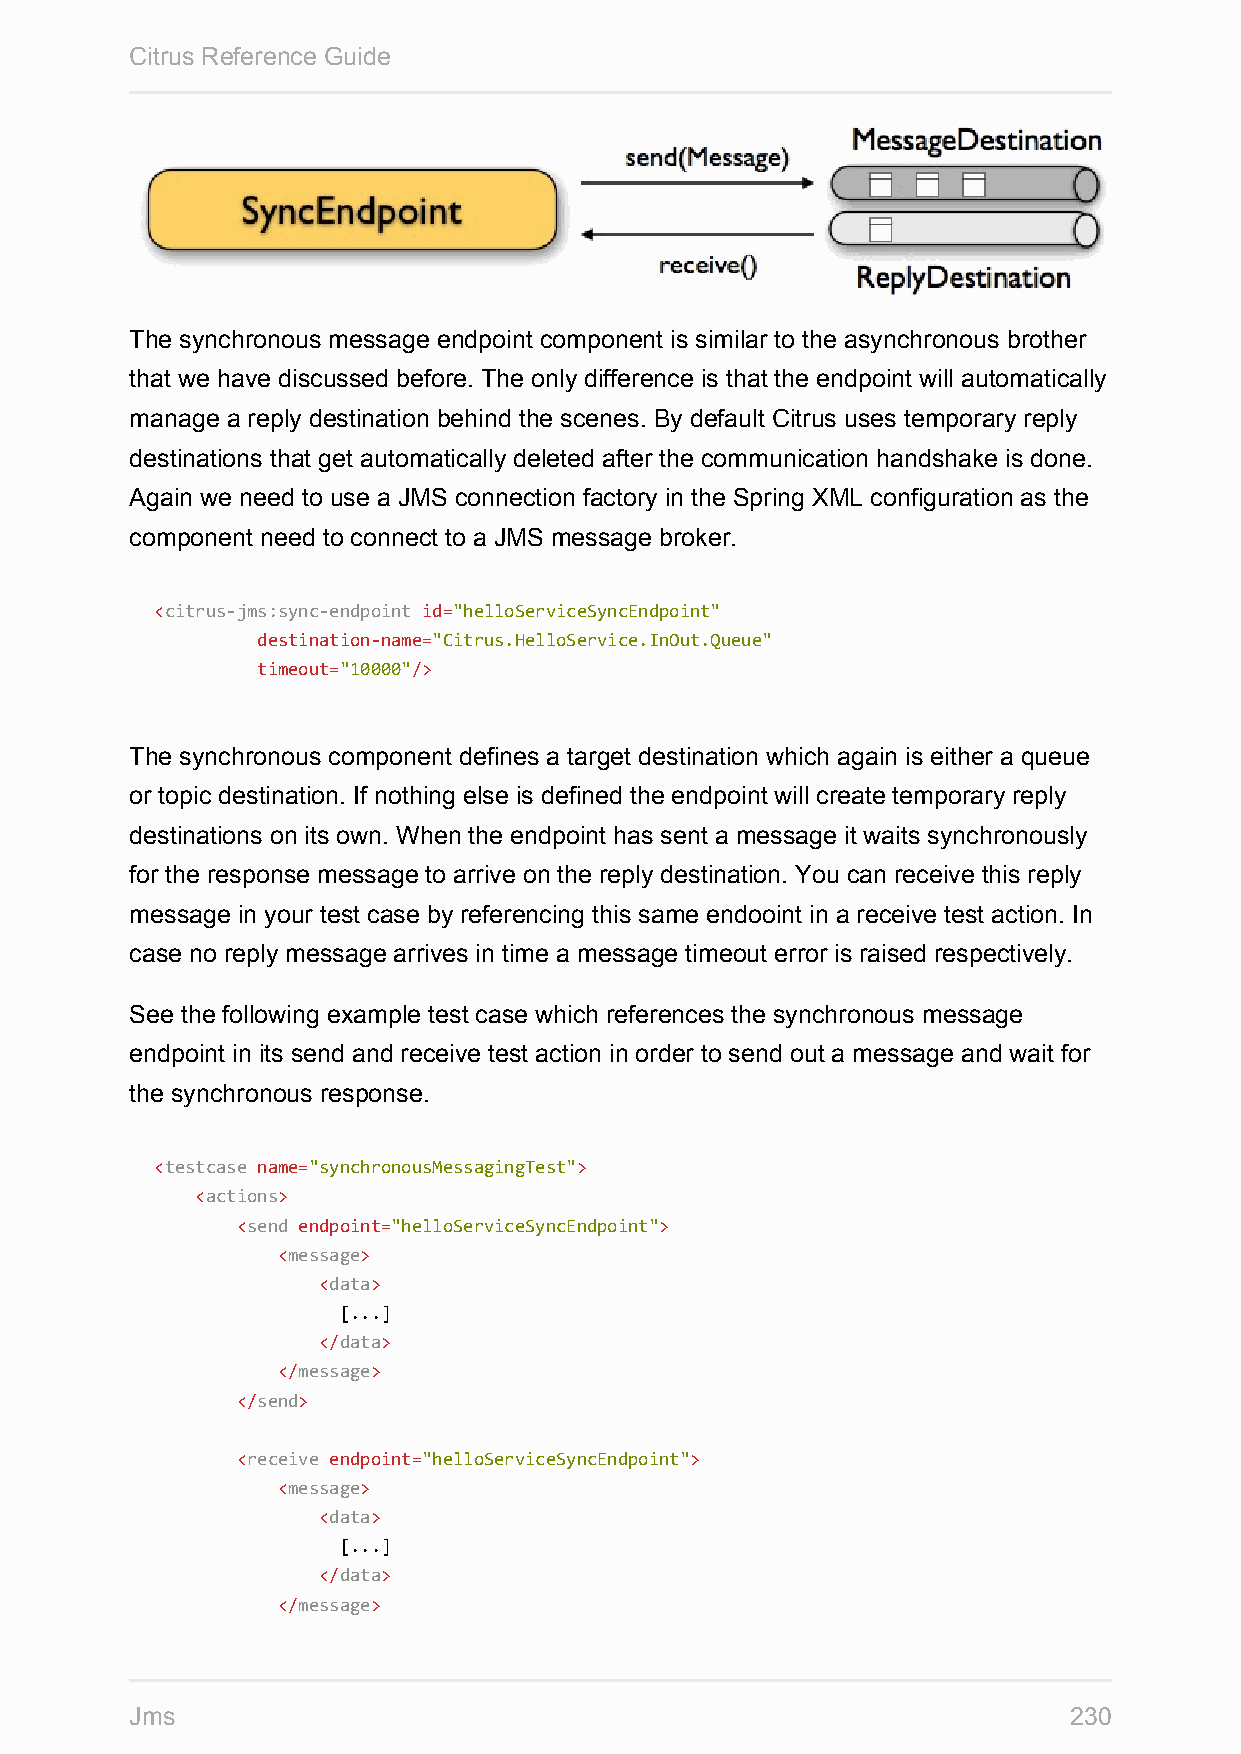
Citrus Reference Guide
 The synchronous message endpoint component is similar to the asynchronous brother
 that we have discussed before. The only difference is that the endpoint will automatically
 manage a reply destination behind the scenes. By default Citrus uses temporary reply
 destinations that get automatically deleted after the communication handshake is done.
 Again we need to use a JMS connection factory in the Spring XML configuration as the
 component need to connect to a JMS message broker.
 <citrus-jms:sync-endpoint id="helloServiceSyncEndpoint"
 destination-name="Citrus.HelloService.InOut.Queue"
 timeout="10000"/>
 The synchronous component defines a target destination which again is either a queue
 or topic destination. If nothing else is defined the endpoint will create temporary reply
 destinations on its own. When the endpoint has sent a message it waits synchronously
 for the response message to arrive on the reply destination. You can receive this reply
 message in your test case by referencing this same endooint in a receive test action. In
 case no reply message arrives in time a message timeout error is raised respectively.
 See the following example test case which references the synchronous message
 endpoint in its send and receive test action in order to send out a message and wait for
 the synchronous response.
 <testcase name="synchronousMessagingTest">
 <actions>
 <send endpoint="helloServiceSyncEndpoint">
 <message>
 <data>
 [...]
 </data>
 </message>
 </send>
 <receive endpoint="helloServiceSyncEndpoint">
 <message>
 <data>
 [...]
 </data>
 </message>
 Jms                                                           230